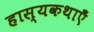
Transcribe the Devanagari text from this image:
हास्यकथाएँ